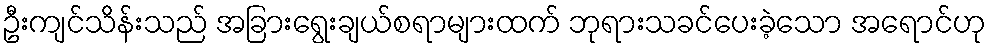
ဦးကျင်သိန်းသည် အခြားရွေးချယ်စရာများထက် ဘုရားသခင်ပေးခဲ့သော အရောင်ဟု